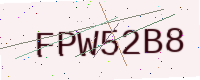
Text: FPW52B8